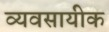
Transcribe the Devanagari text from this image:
व्यवसायीक